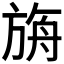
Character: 𣃼